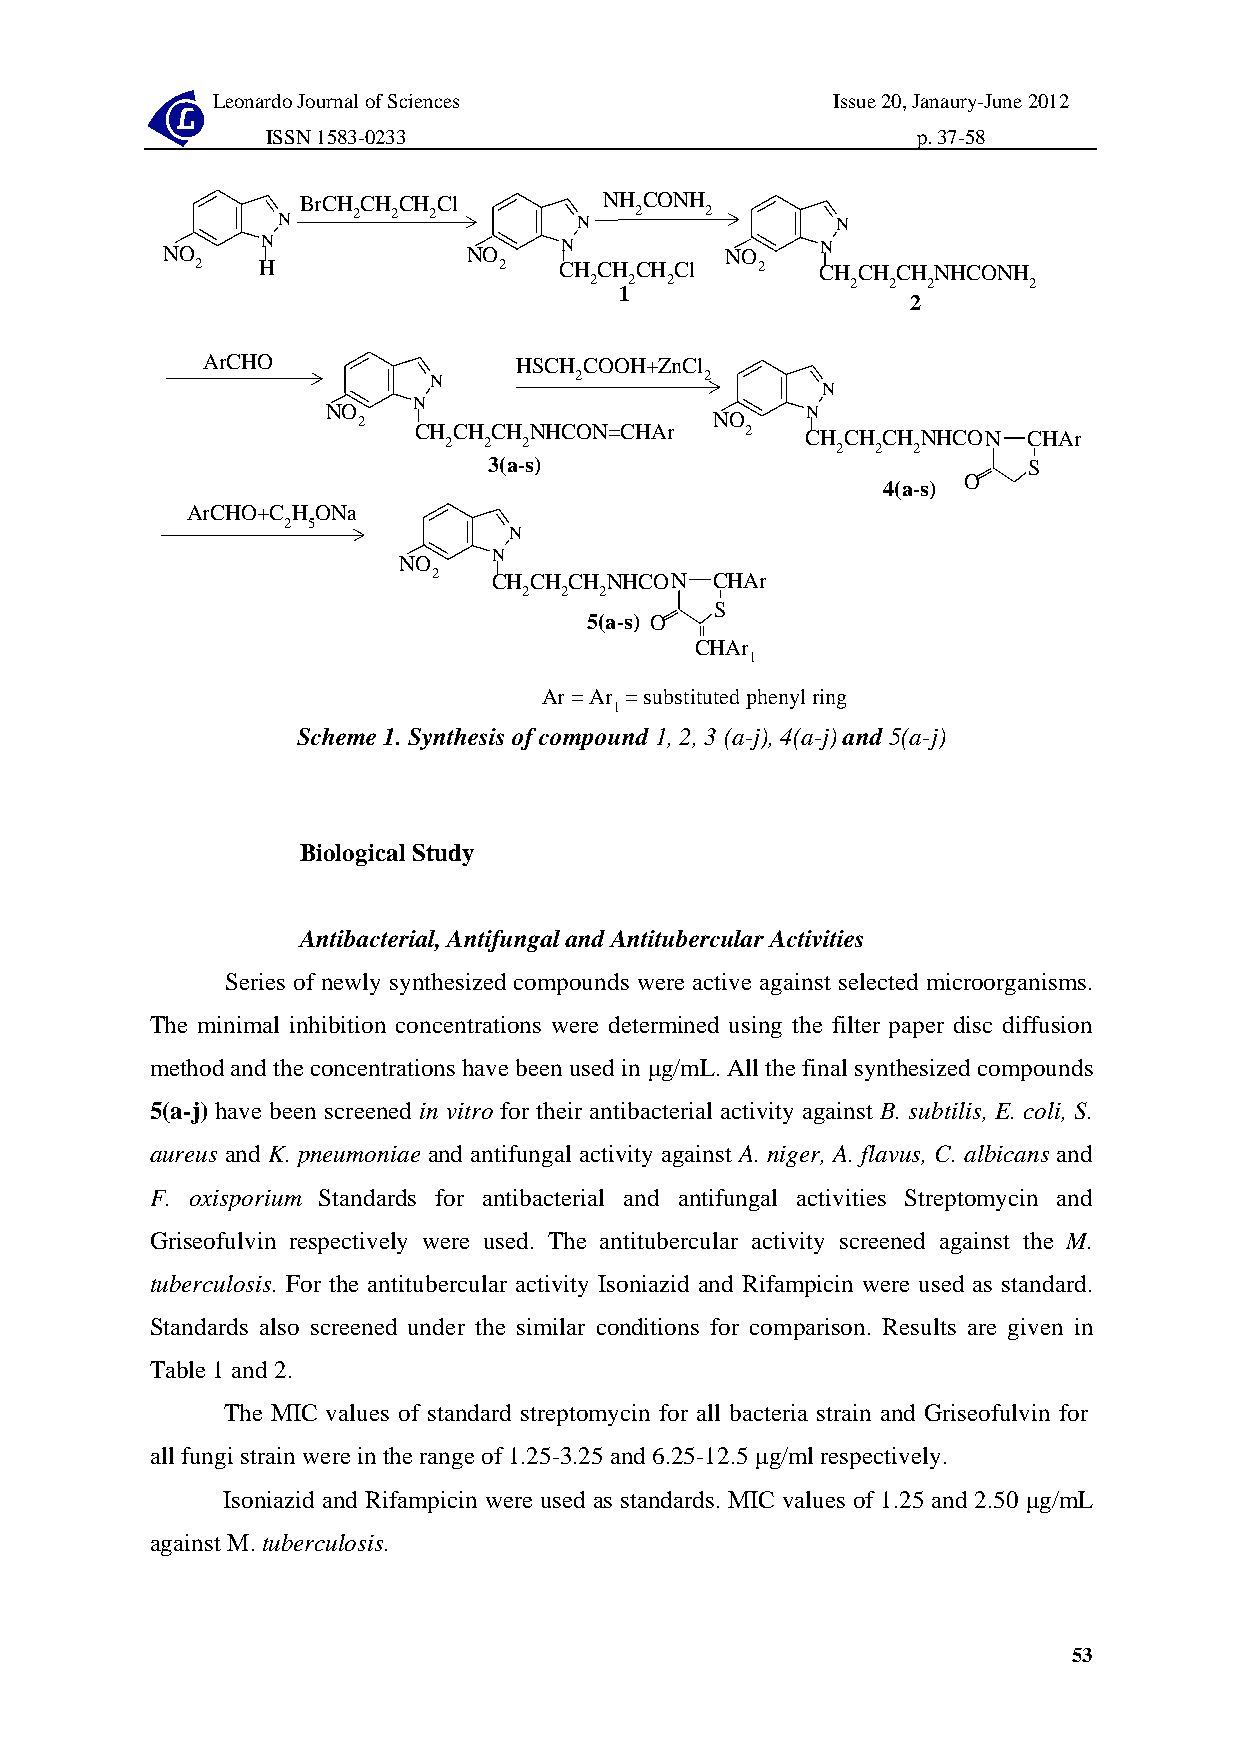
Leonardo Journal of Sciences             Issue 20, Janaury-June 2012
 ISSN 1583-0233                             p. 37-58
 BrCH CH CH Cl       NH CONH
 N    2  2 2         N   2    2       N
 NO    N             NO    N          NO    N
 2   H               2   CH CH CH Cl  2   CH CH CH NHCONH
 2  2 2           2  2 2      2
 1
 2
 ArCHO                HSCH COOH+ZnCl
 N         2        2
 N
 N
 NO                             N
 2                      NO
 CH 2CH 2CH 2NHCON=CHAr 2  CH 2CH 2CH 2NHCON CHAr
 3(a-s)                              S
 O
 4(a-s)
 ArCHO+C H ONa
 2 5
 N
 N
 NO
 2   CH CH CH NHCON CHAr
 2 2  2
 S
 5(a-s) O
 CHAr
 1
 Ar = Ar = substituted phenyl ring
 1
 Scheme 1. Synthesis of compound 1, 2, 3 (a-j), 4(a-j) and 5(a-j)
 Biological Study
 Antibacterial, Antifungal and Antitubercular Activities
 Series of newly synthesized compounds were active against selected microorganisms.
 The minimal inhibition concentrations were determined using the filter paper disc diffusion
 method and the concentrations have been used in μg/mL. All the final synthesized compounds
 5(a-j) have been screened in vitro for their antibacterial activity against B. subtilis, E. coli, S.
 aureus and K. pneumoniae and antifungal activity against A. niger, A. flavus, C. albicans and
 F. oxisporium Standards for antibacterial and antifungal activities Streptomycin and
 Griseofulvin respectively were used. The antitubercular activity screened against the M.
 tuberculosis. For the antitubercular activity Isoniazid and Rifampicin were used as standard.
 Standards also screened under the similar conditions for comparison. Results are given in
 Table 1 and 2.
 The MIC values of standard streptomycin for all bacteria strain and Griseofulvin for
 all fungi strain were in the range of 1.25-3.25 and 6.25-12.5 μg/ml respectively.
 Isoniazid and Rifampicin were used as standards. MIC values of 1.25 and 2.50 μg/mL
 against M. tuberculosis.
 53